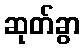
ဆုတ်ခွာ